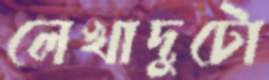
লেখাদুটো